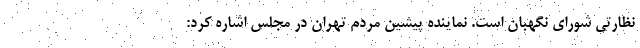
نظارتی شورای نگهبان است. نماینده پیشین مردم تهران در مجلس اشاره کرد: